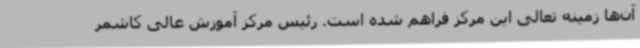
آن‌ها زمینه تعالی این مرکز فراهم شده است. رئیس مرکز آموزش عالی کاشمر